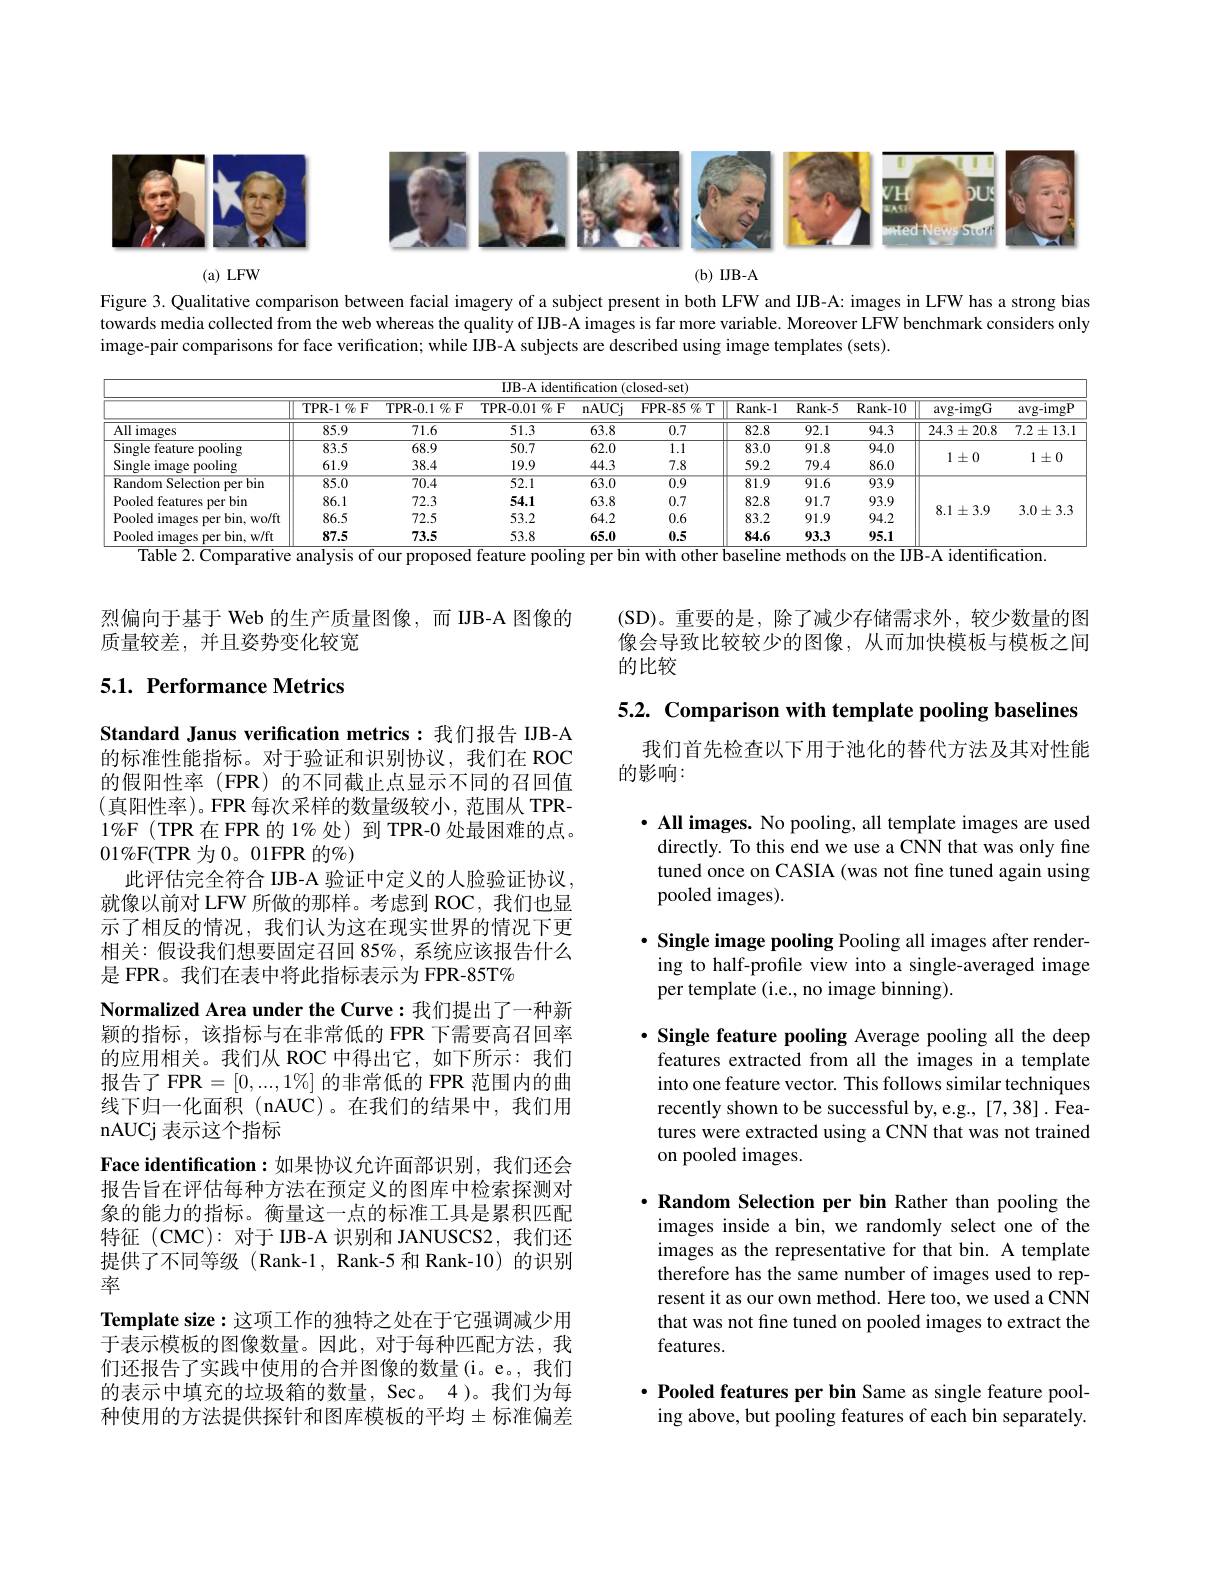
<FigureHere>

$(a)LFW$

$(\mathbf{b})$ IJB-A

Figure 3. Qualitative comparison between facial imagery of a subject present in both LFW and IJB-A: images in LFW has a strong bias towards media collected from the web whereas the quality of IJB-A images is far more variable. Moreover LFW benchmark considers only image-pair comparisons for face verification; while IJB-A subjects are described using image templates (sets).

<table>
	<tbody>
		<tr>
			<th colspan="11">IJB-A identification (closed-set)</th>
		</tr>
		<tr>
			<th> </th>
			<th>TPR- 1 $\%$F</th>
			<th>$\mathbf{TPR-0.1}\%$F</th>
			<th>$\mathbf{TPR-0.01~\%~F}$</th>
			<th>$\overline{\mathrm{nAUCj}}$</th>
			<th>FPR- 85 $\%$T</th>
			<th>${\mathrm{Rank-1}}$</th>
			<th>${\mathrm{Rank-5}}$</th>
			<th>Rank- 10</th>
			<th>$\arg-imgG$</th>
			<th>$\arg-imgP$</th>
		</tr>
		<tr>
			<td>All images</td>
			<td>85.9</td>
			<td>71.6</td>
			<td>51.3</td>
			<td>63.8</td>
			<td>0.7</td>
			<td>82.8</td>
			<td>92.1</td>
			<td>94.3</td>
			<td>$24.3\pm20.8$</td>
			<td>$7.2\pm13.1$</td>
		</tr>
		<tr>
			<td>$\overline{\mathrm{Single~feature~pooling}}$ ,</td>
			<td>83.5</td>
			<td>68.9</td>
			<td>50.7</td>
			<td>62.0</td>
			<td>1.1</td>
			<td>83.0</td>
			<td>91.8</td>
			<td>94.0</td>
			<td> </td>
			<td> </td>
		</tr>
		<tr>
			<td>Single image pooling 1</td>
			<td>61.9</td>
			<td>38.4</td>
			<td>19.9</td>
			<td>44.3</td>
			<td>7.8</td>
			<td>59.2</td>
			<td>79.4</td>
			<td>86.0</td>
			<td>$1\pm0$</td>
			<td>1土U</td>
		</tr>
		<tr>
			<td>Random Selection per bin</td>
			<td>85.0</td>
			<td>$\overline{70.4}$</td>
			<td>52.1</td>
			<td>63.0</td>
			<td>$\overline{0.9}$</td>
			<td>81.9</td>
			<td>91.6</td>
			<td>$\overline{93.9}$</td>
			<td> </td>
			<td> </td>
		</tr>
		<tr>
			<td>Pooled features per bin</td>
			<td>86.1</td>
			<td>72.3</td>
			<td>54.1</td>
			<td>63.8</td>
			<td>0.7</td>
			<td>82.8</td>
			<td>91.7</td>
			<td>93.9</td>
			<td> </td>
			<td> </td>
		</tr>
		<tr>
			<td>Pooled images $s$ per bin. wo/ft</td>
			<td>86.5</td>
			<td>72.5</td>
			<td>53.2</td>
			<td>64.2</td>
			<td>0.6</td>
			<td>83.2</td>
			<td>91.9</td>
			<td>94.2</td>
			<td>$\delta.1\pm3.9$</td>
			<td>$S.0\pm3.9$</td>
		</tr>
		<tr>
			<td>Pooled images s per bin. w/ft</td>
			<td>87.5</td>
			<td>73.5</td>
			<td>53.8</td>
			<td>65.0</td>
			<td>0.5</td>
			<td>84.6</td>
			<td>93.3</td>
			<td>95.1</td>
			<td> </td>
			<td> </td>
		</tr>
	</tbody>
</table>
Table 2. Comparative analysis of our proposed feature pooling per bin with other baseline methods on the IJB-A identification.

烈偏向于基于 Web 的生产质量图像，而 IJB-A 图像的
质量较差，并且姿势变化较宽

## 5.1. Performance Metrics

Standard Janus verification metrics:我们报告 IJB-A 的标准性能指标。对于验证和识别协议，我们在 ROC 的假阳性率(FPR)的不同截止点显示不同的召回值(真阳性率)。FPR 每次采样的数量级较小，范围从 TPR- $1\%$F (TPR 在 FPR 的 1% 处) 到 TPR-0 处最困难的点。$01\%$F(TPR 为 0。01FPR 的%)
此评估完全符合 IJB-A 验证中定义的人脸验证协议， 就像以前对 LFW 所做的那样。考虑到 ROC, 我们也显示了相反的情况，我们认为这在现实世界的情况下更相关：假设我们想要固定召回 85%, 系统应该报告什么是 FPR。我们在表中将此指标表示为 FPR-85T%
Normalized Area under the Curve:我们提出了一种新颖的指标，该指标与在非常低的 FPR 下需要高召回率的应用相关。我们从 ROC 中得出它，如下所示：我们报告了 FPR$=[0,...,1\%]$的非常低的 FPR 范围内的曲线下归一化面积(nAUC)。在我们的结果中，我们用nAUCj 表示这个指标
Face identification:如果协议允许面部识别，我们还会报告旨在评估每种方法在预定义的图库中检索探测对象的能力的指标。衡量这一点的标准工具是累积匹配特征 (CMC): 对于 IJB-A 识别和 JANUSCS2,我们还提供了不同等级 (Rank-1, Rank-5 和 Rank-10)的识别率
Template size:这项工作的独特之处在于它强调减少用于表示模板的图像数量。因此，对于每种匹配方法，我们还报告了实践中使用的合并图像的数量(i。e。,我们的表示中填充的垃圾箱的数量，Sec。4)。我们为每种使用的方法提供探针和图库模板的平均$\pm$标准偏差

(SD)。重要的是，除了减少存储需求外，较少数量的图像会导致比较较少的图像，从而加快模板与模板之间的比较

5.2. Comparison with template pooling baselines

我们首先检查以下用于池化的替代方法及其对性能
的影响：

$\cdot$ All images. No pooling, all template images are used
directly. To this end we use a CNN that was only fine tuned once on CASIA (was not fine tuned again using pooled images).

$\cdot$ Single image pooling Pooling all images after rendering to half-profile view into a single-averaged image per template (i.e., no image binning)

$\cdot$ Single feature pooling Average pooling all the deep features extracted from all the images in a template into one feature vector. This follows similar techniques recently shown to be successful by, e.g., [7,38] . Features were extracted using a CNN that was not trained on pooled images.

$\cdot$ Random Selection per bin Rather than pooling the images inside a bin, we randomly select one of the images as the representative for that bin. A template therefore has the same number of images used to represent it as our own method. Here too, we used a CNN that was not fine tuned on pooled images to extract the features.

$\cdot$ Pooled features per bin Same as single feature pooling above, but pooling features of each bin separately